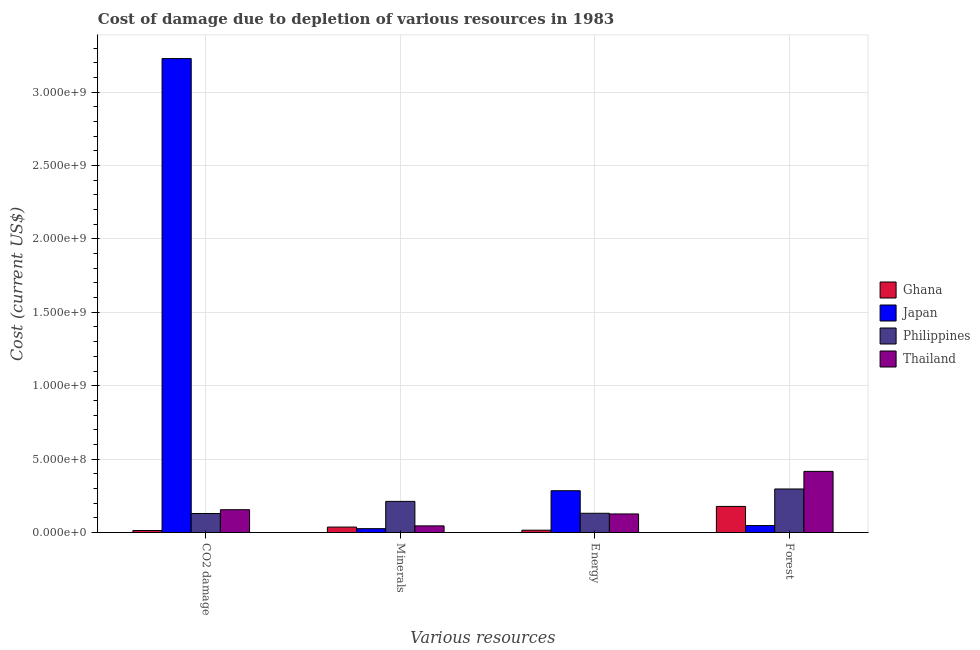
| Various resources | Ghana | Japan | Philippines | Thailand |
 | --- | --- | --- | --- | --- |
 | CO2 damage | 1.34e+07 | 3.23e+09 | 1.29e+08 | 1.55e+08 |
 | Minerals | 3.69e+07 | 2.6e+07 | 2.12e+08 | 4.49e+07 |
 | Energy | 1.56e+07 | 2.84e+08 | 1.31e+08 | 1.26e+08 |
 | Forest | 1.78e+08 | 4.72e+07 | 2.96e+08 | 4.16e+08 |